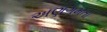
અણગમતા